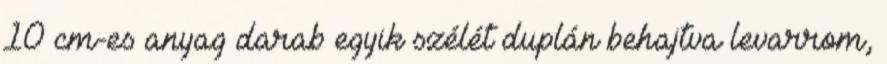
10 cm-es anyag darab egyik szélét duplán behajtva levarrom,